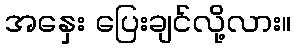
အနှေး ပြေးချင်လို့လား။